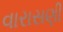
વારાસણી